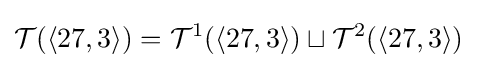
{\mathcal {T}}(\langle 27,3\rangle )={\mathcal {T}}^{1}(\langle 27,3\rangle )\sqcup {\mathcal {T}}^{2}(\langle 27,3\rangle )